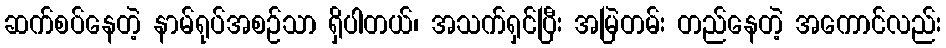
ဆက်စပ်နေတဲ့ နာမ်ရုပ်အစဉ်သာ ရှိပါတယ်၊ အသက်ရှင်ပြီး အမြဲတမ်း တည်နေတဲ့ အကောင်လည်း